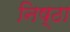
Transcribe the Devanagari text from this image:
निष्‍ठा